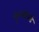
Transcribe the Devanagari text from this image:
सुखांकडे